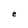
Character: e